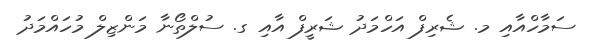
ސަމާހްއާއި މ. ޝެރިފް އަހްމަދު ޝަރީފް އާއި ގ. ސުލްތޯނާ މަންޒިލް މުހައްމަދު